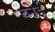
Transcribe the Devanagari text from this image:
ब्नेई